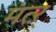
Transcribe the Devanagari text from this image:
मंत्ऱ्